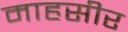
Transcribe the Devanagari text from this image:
माहसीर